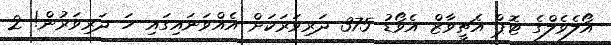
އޯލެވެލްގެ ޓޮޕް އެޗީވާޒް އެވޯޑު 375 ދަރިވަރަކަށް އެއްވަނައިގައި ހަ ދަރިވަރުން! 2